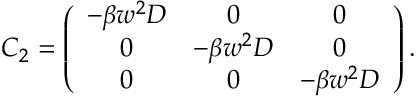
\begin{array} { r } { \boldsymbol C _ { 2 } = \left( \begin{array} { c c c } { - \beta w ^ { 2 } D } & { 0 } & { 0 } \\ { 0 } & { - \beta w ^ { 2 } D } & { 0 } \\ { 0 } & { 0 } & { - \beta w ^ { 2 } D } \end{array} \right) . } \end{array}